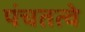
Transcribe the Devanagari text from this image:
पंचतत्वे